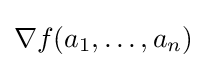
\nabla f(a_{1},\dots ,a_{n})